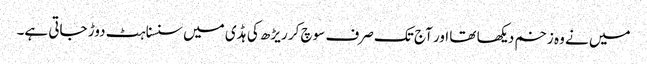
میں نے وہ زخم دیکھا تھا اور آج تک صرف سوچ کر ریڑھ کی ہڈی میں سنسناہٹ دوڑ جاتی ہے۔